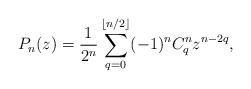
LaTeX: \begin{align*}P_n(z)=\frac{1}{2^n}\sum_{q=0}^{\left \lfloor n/2 \right \rfloor}(-1)^nC_q^nz^{n-2q},\end{align*}